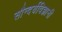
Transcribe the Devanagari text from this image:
सौन्दर्यविज्ञानी